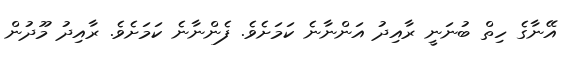
އޭނާގެ ހިތް ބުނަނީ ރާއިދު އަންނާނެ ކަމަށެވެ. ފެންނާނެ ކަމަށެވެ. ރާއިދު މޫދުން